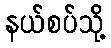
နယ်စပ်သို့